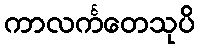
ကာလင်္ကတေသုပိ